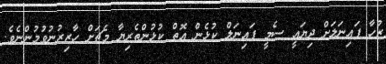
ޒުހާ ފައިނަލަށް ދިޔައީ ސެމީ ފައިނަލް ކުޅެން އޮތް ކުޅުންތެރިޔާ މެޗަށް ހާޒިރުނުވުމުންނެވެ.